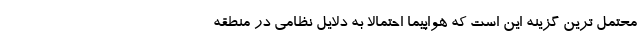
محتمل ترین گزینه این است که هواپیما احتمالا به دلایل نظامی در منطقه